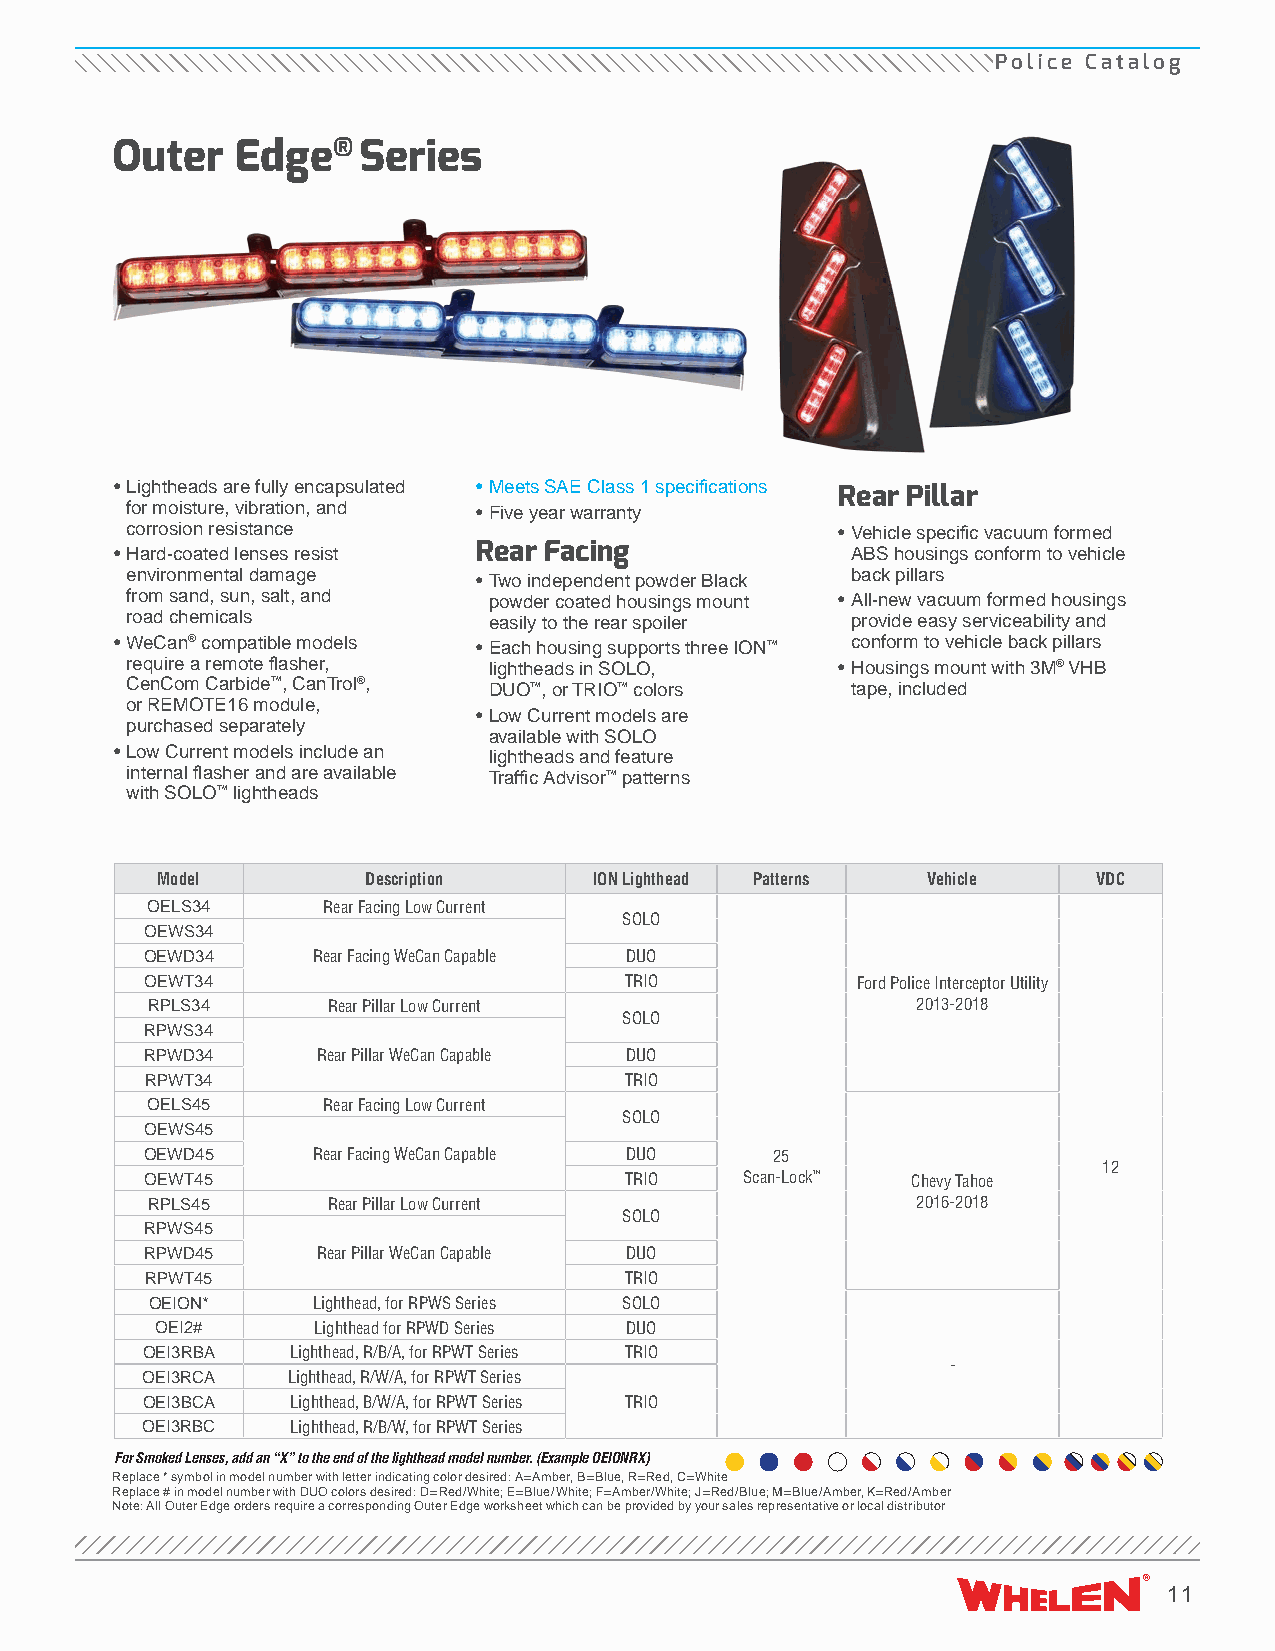
Police Catalog
 Outer    Edge®   Series
 • Lightheads are fully encapsulated • Meets SAE Class 1 specifications
 Rear Pillar
 for moisture, vibration, and • Five year warranty
 corrosion resistance                            • Vehicle specific vacuum formed
 • Hard-coated lenses resist Rear Facing         ABS housings conform to vehicle
 environmental damage    • Two independent powder Black back pillars
 from sand, sun, salt, and powder coated housings mount • All-new vacuum formed housings
 road chemicals          easily to the rear spoiler provide easy serviceability and
 • WeCan® compatible models • Each housing supports three ION™ conform to vehicle back pillars
 require a remote flasher, lightheads in SOLO,   • Housings mount with 3M® VHB
 CenCom Carbide™, CanTrol®, DUO™, or TRIO™ colors tape, included
 or REMOTE16 module,
 • Low Current models are
 purchased separately
 available with SOLO
 • Low Current models include an lightheads and feature
 internal flasher and are available Traffic Advisor ™ patterns
 with SOLO™ lightheads
 Model         Description    ION Lighthead Patterns Vehicle    VDC
 OELS34     Rear Facing Low Current
 SOLO
 OEWS34
 OEWD34     Rear Facing WeCan Capable DUO
 OEWT34                         TRIO            Ford Police Interceptor Utility
 RPLS34      Rear Pillar Low Current                2013-2018
 SOLO
 RPWS34
 RPWD34     Rear Pillar WeCan Capable DUO
 RPWT34                         TRIO
 OELS45     Rear Facing Low Current
 SOLO
 OEWS45
 OEWD45     Rear Facing WeCan Capable DUO 25
 12
 OEWT45                         TRIO    Scan-Lock™ Chevy Tahoe
 RPLS45      Rear Pillar Low Current                2016-2018
 SOLO
 RPWS45
 RPWD45     Rear Pillar WeCan Capable DUO
 RPWT45                         TRIO
 OEION*     Lighthead, for RPWS Series SOLO
 OEI2#      Lighthead for RPWD Series DUO
 OEI3RBA   Lighthead, R/B/A, for RPWT Series TRIO
 -
 OEI3RCA   Lighthead, R/W/A, for RPWT Series
 OEI3BCA   Lighthead, B/W/A, for RPWT Series TRIO
 OEI3RBC   Lighthead, R/B/W, for RPWT Series
 For Smoked Lenses, add an “X” to the end of the lighthead model number. (Example OEIONRX)
 Replace * symbol in model number with letter indicating color desired: A=Amber, B=Blue, R=Red, C=White
 Replace # in model number with DUO colors desired: D=Red/White; E=Blue/White; F=Amber/White; J=Red/Blue; M=Blue/Amber, K=Red/Amber
 Note: All Outer Edge orders require a corresponding Outer Edge worksheet which can be provided by your sales representative or local distributor
 11